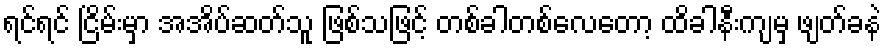
ရင်ရင် ငြိမ်းမှာ အအိပ်ဆတ်သူ ဖြစ်သဖြင့် တစ်ခါတစ်လေတော့ ထိခါနီးကျမှ ဖျတ်ခနဲ